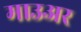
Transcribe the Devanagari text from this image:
माउअर